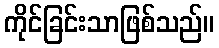
ကိုင်ခြင်းသာဖြစ်သည်။